Trukikaitis_Postimees, lk 58
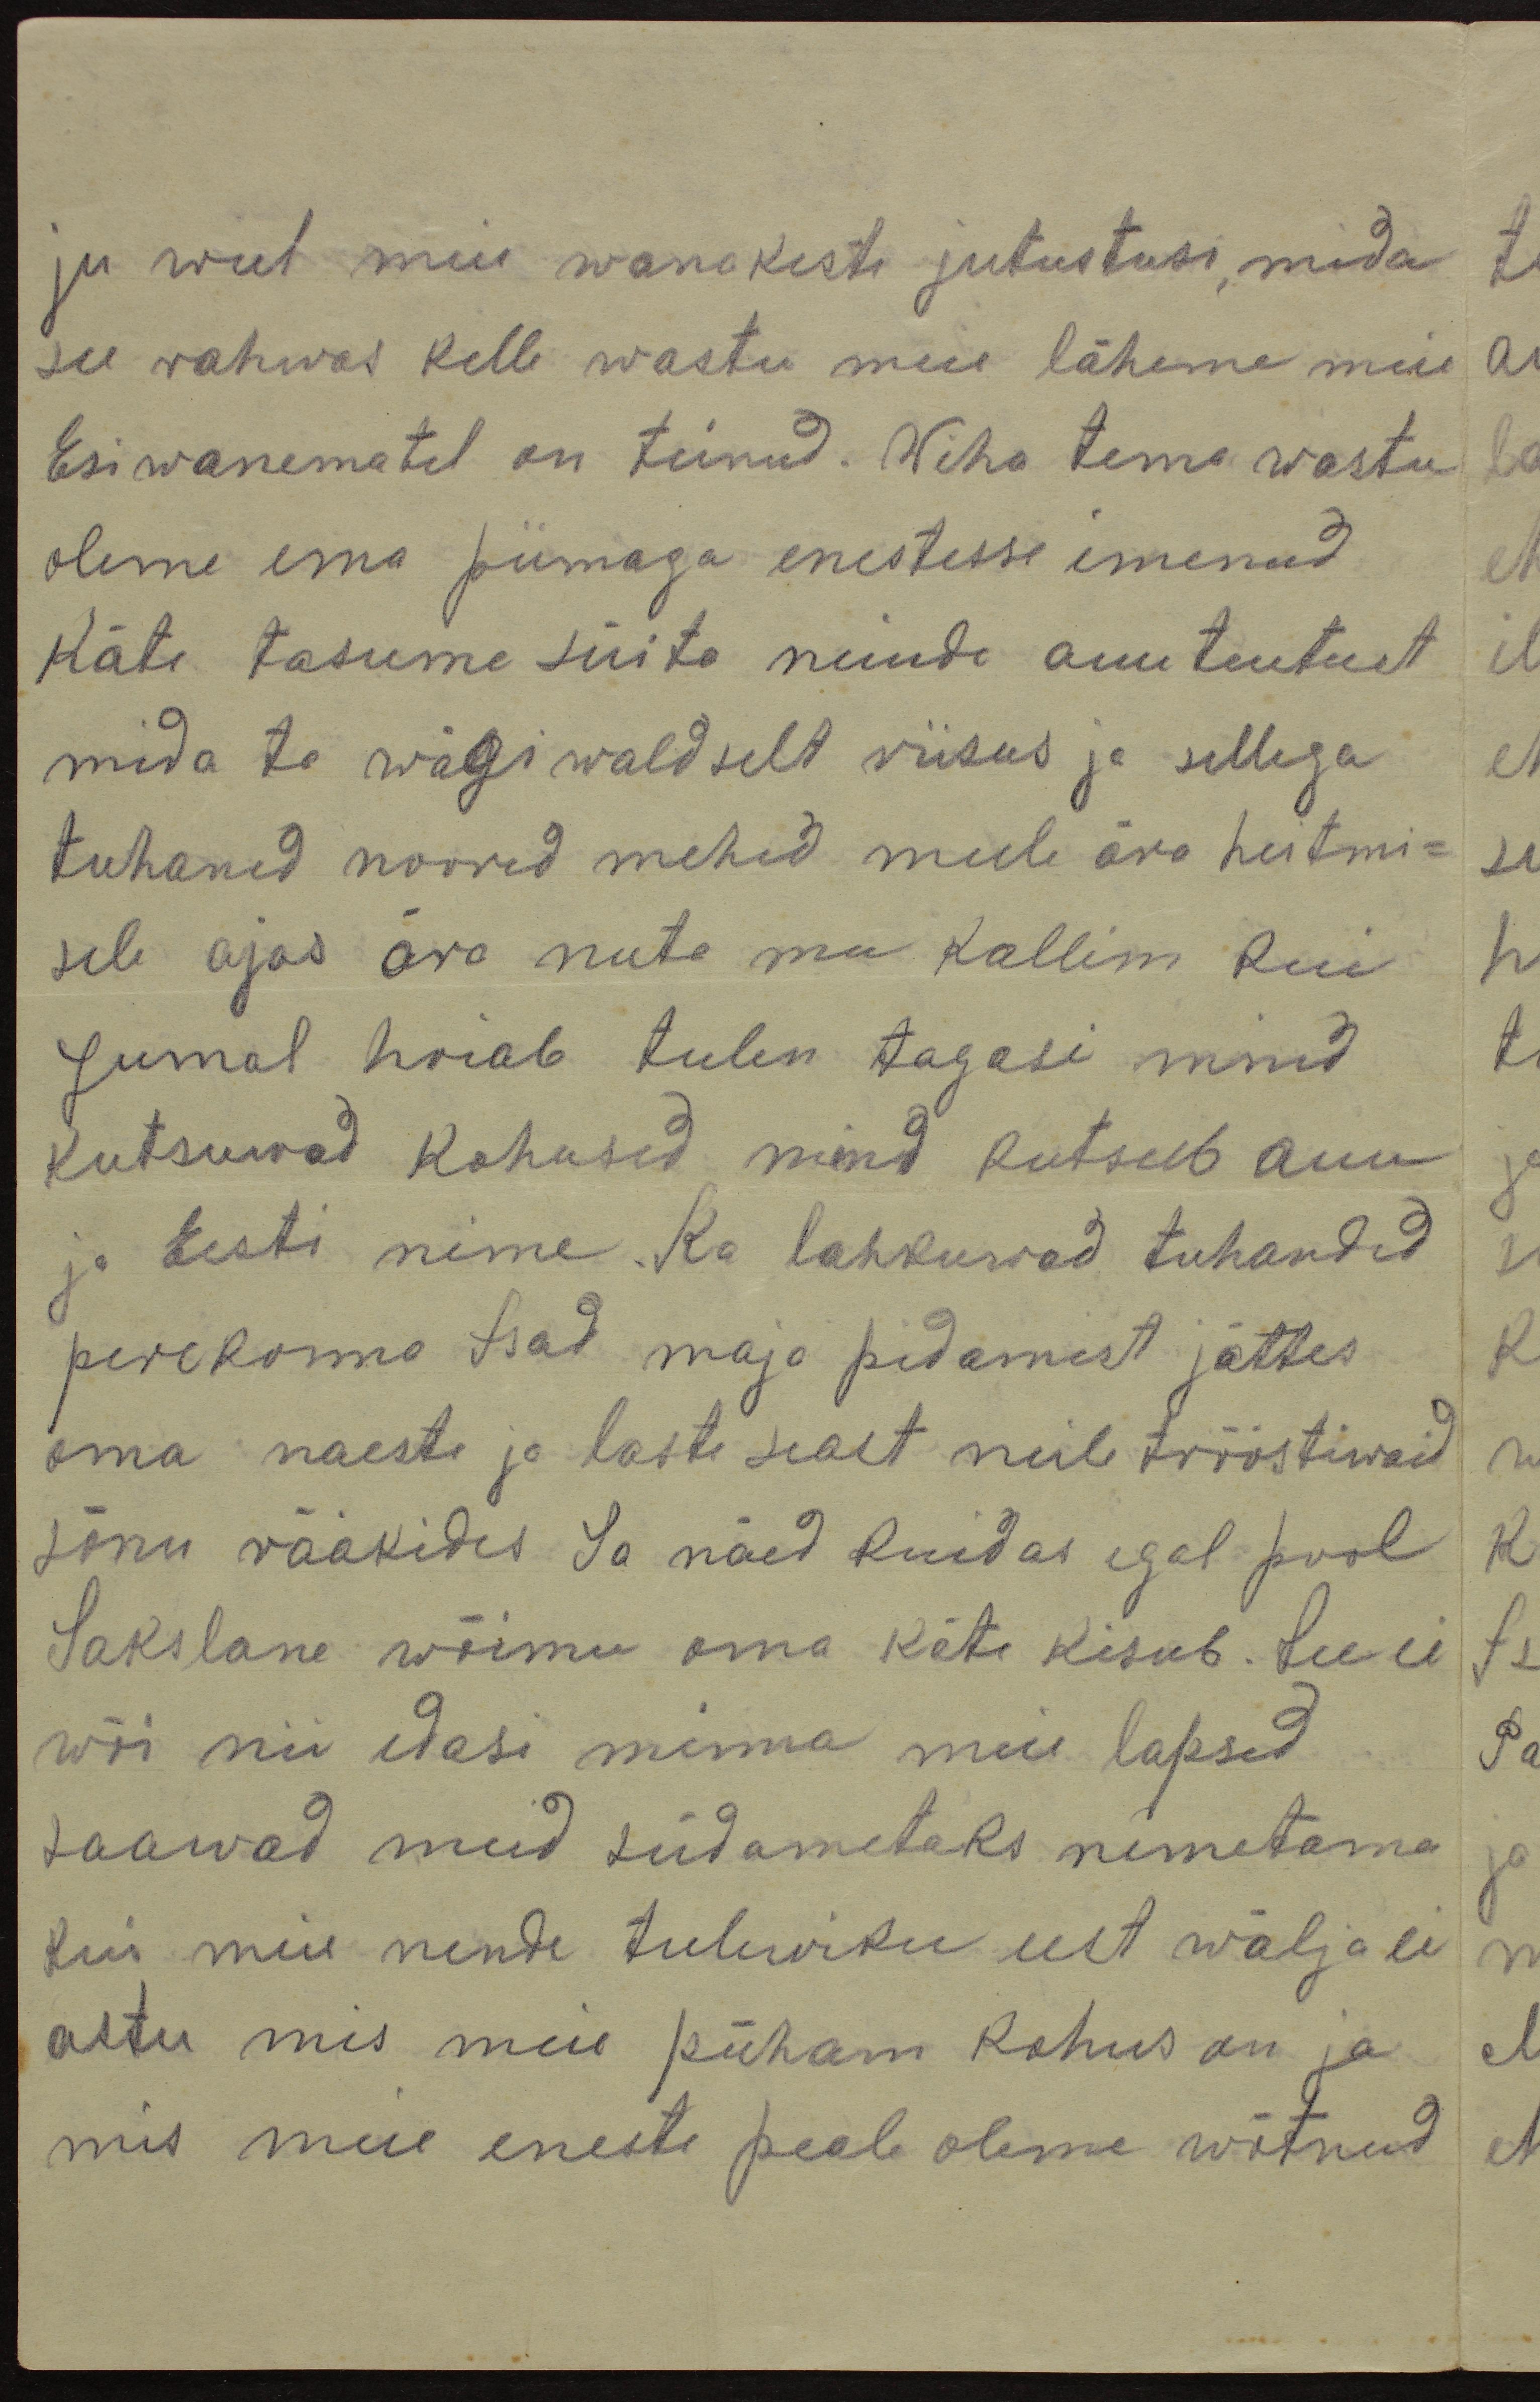
ju weel meie wanakeste jutustusi, mida
see rahwas kelle wastu meie läheme meie
Esiwanematel on teinud. Wiha tema wastu
oleme ema piimaga enestesse imenud
Käte tasume süita neinde auuteutust
mida ta wägiwaldselt riisus ja sellega
tuhaned noored mehed meele ära heitmi-
sele ajas ära nuta mu kallim kui
Jumal hoiab tulen tagasi mind
kutsuwad kohused mind kutsub auu
ja Eesti nime. Ka lahkuwad tuhanded
perekonna Isad maja pidamist jättes
oma naeste ja laste sealt neile trööstiwaid
sõnu rääkides Sa näed kuidas igal pool
Sakslane wõimu oma käte kisub. See ei
wõi nii edasi minna meie lapsed
saawad meid südametaks nimetama
kui meie nende tulewiku eest wälja ei
astu mis meie püham kohus on ja
mis meie eneste peale oleme wõtnud